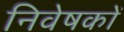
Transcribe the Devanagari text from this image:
निवेषकों